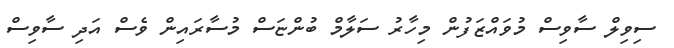
ސިވިލް ސާވިސް މުވައްޒަފުން މިހާރު ސަލާމް ބުންޏަސް މުސާރައިން ވެސް އަދި ސާވިސް